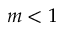
m < 1